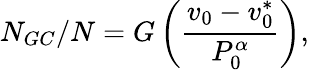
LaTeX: N_{GC}/N=G\left(\frac{v_{0}-v_{0}^{*}}{P_{0}^{\alpha}}\right),